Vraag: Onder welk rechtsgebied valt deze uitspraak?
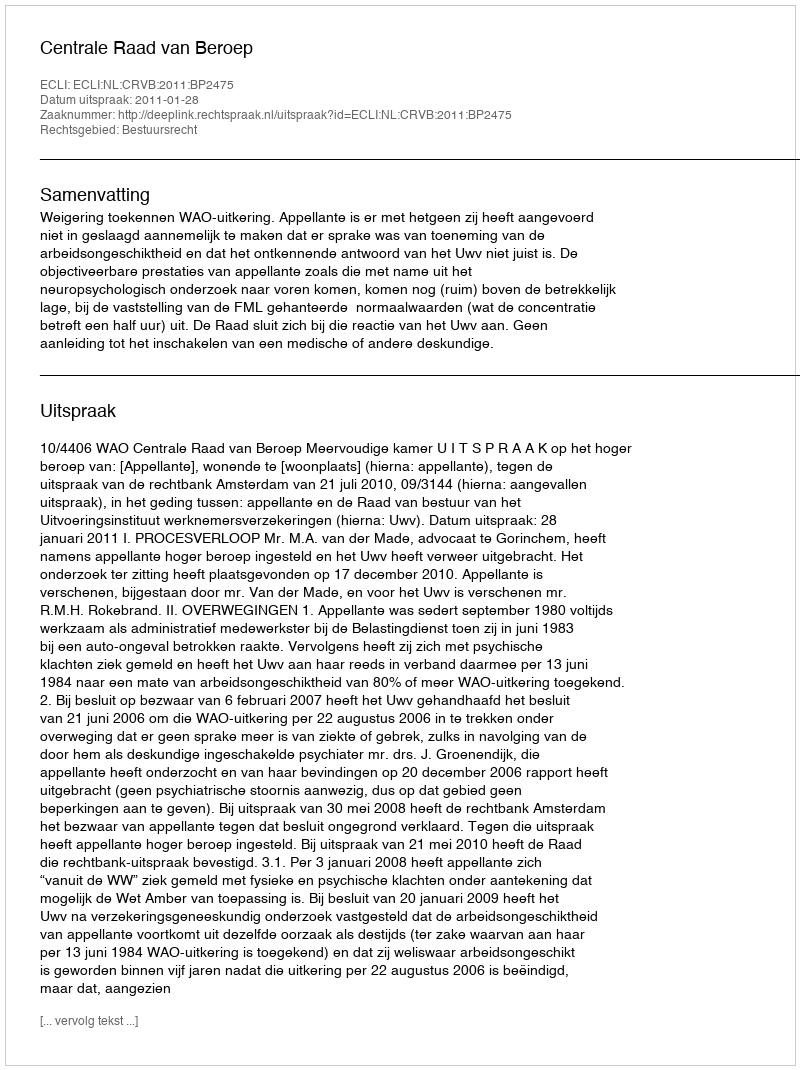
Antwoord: Bestuursrecht